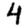
Digit: 4